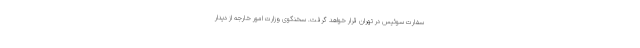
سفارت سوئیس در تهران قرار خواهد گرفت. سخنگوی وزارت امور خارجه از دیدار